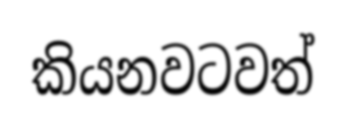
කියනවටවත්